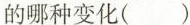
的哪种变化( )